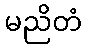
မညိတံ